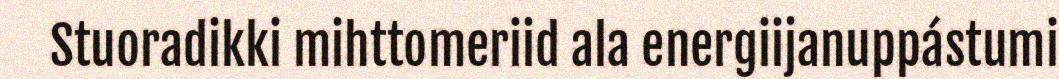
Stuoradikki mihttomeriid ala energiijanuppástumi